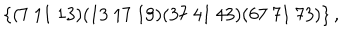
LaTeX: \left\{ ( 7 \ 1 1 \ 1 3 ) ( 1 3 \ 1 7 \ 1 9 ) ( 3 7 \ 4 1 \ 4 3 ) ( 6 7 \ 7 1 \ 7 3 ) \right\} ,